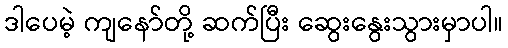
ဒါပေမဲ့ ကျနော်တို့ ဆက်ပြီး ဆွေးနွေးသွားမှာပါ။